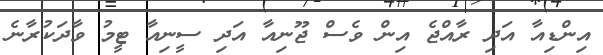
އިންޑިއާ އަދި ރާއްޖެ އިން ވެސް ޖޫނިއާ އަދި ސީނިއާ ޓީމު ވާދަކުރާނެ